Calcutta medical institutions reports 1871-78
Year: 1871
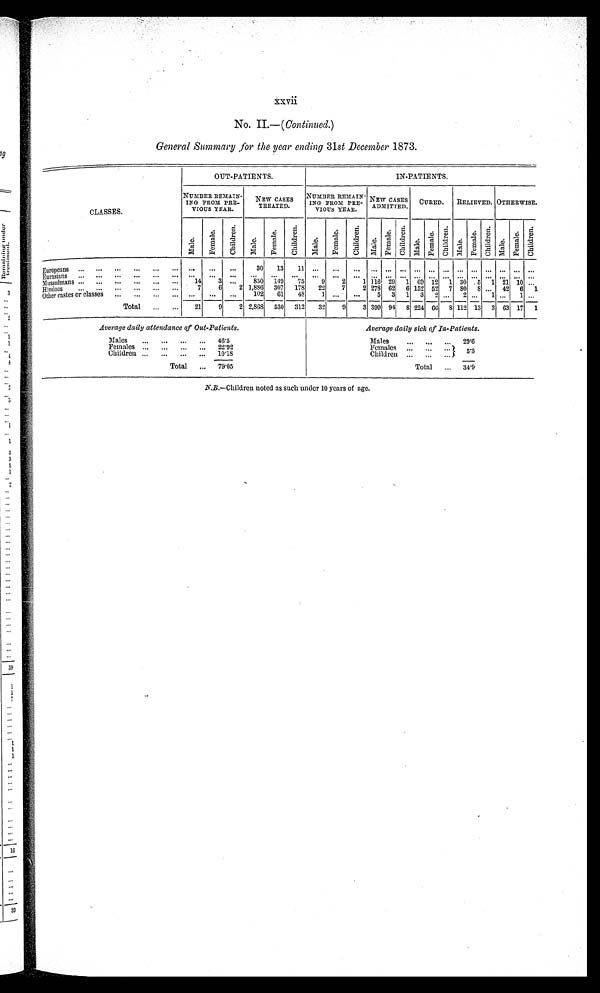
xxvii
No. II.—( Continued.)
General Summary for the year ending 31st December 1873.
CLASSES.
OUT-PATIENTS.
IN-PATIENTS.
NUMBER REMAIN-
ING FROM PRE-
VIOUS
YEAR.
NEW CASES
TREATED.
NUMBER REMAIN-
ING
FROM PRE-
VIOUS YEAR.
NEW CASES
ADMITTED. CURED.
RELIEVED. OTHERWISE.
Mal e.
Femal e.
Ch i l d r e n .
Mal e.
Femal e.
Chi l dr e n.
Mal e.
Femal e.
Chi l dr en.
Mal e. F e ma l e .
Ch i l d r e n .
Mal e.
F e m a l e . Ch i l d r e n .
Ma l e .
F e m a l e . Ch i l d r e n .
Mal e. Femal e. Chi l dr en.
Europ eans
...
. . .
. . .
3 0
1 3
1 1
. . .
. . .
...
. . .
. . .
. . . . . .
. . . . . .
. . .
. . . . . . . . . . . .
. . .
Eurasians
. . .
. . .
. . .
. . .
. . .
. . .
. . .
. . .
...
. . .
. . .
. . . . . .
. . . . . .
. . .
. . .
. . . . . . . . . . . .
Mussulmans
14
3
. . .
8 5 0
1 4 9 75
9
2
1
1 1 6 29 1
6 9
1 2 1 30
5 1 21 10
. . .
Hindoos
7
6
2 1,886 307 178
22
7
2 278 62 6 152 52 7 80
8 ... 42 6 1
Other castes or classes
...
...
...
102
61
48
1
. . . ...
5 3 1 3 2 ...
2 ...
1 ...
1 ...
Total
21
9
2 2,868 530 312
32
9
3 399 94 8 224 66 8 112 13 2 63 17 1
Average daily attendance of Out-Patients.
Average daily sick of in-Patients.
Males
46.5
Males
29.6
Females
22.92
Females
Children
10.18
Children
5 . 3
Total
79.05
Total
34.9
N.B.—Children noted as such under 10 years of age.